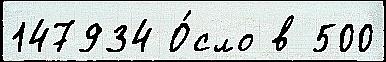
147934 О́сло в 500